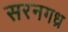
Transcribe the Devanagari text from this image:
सरनगध्र